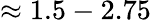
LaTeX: \approx 1.5-2.75